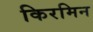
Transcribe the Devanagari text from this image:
किरमिन